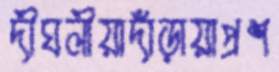
দীঘলীয়াদাঁড়ায়াপ্রশ